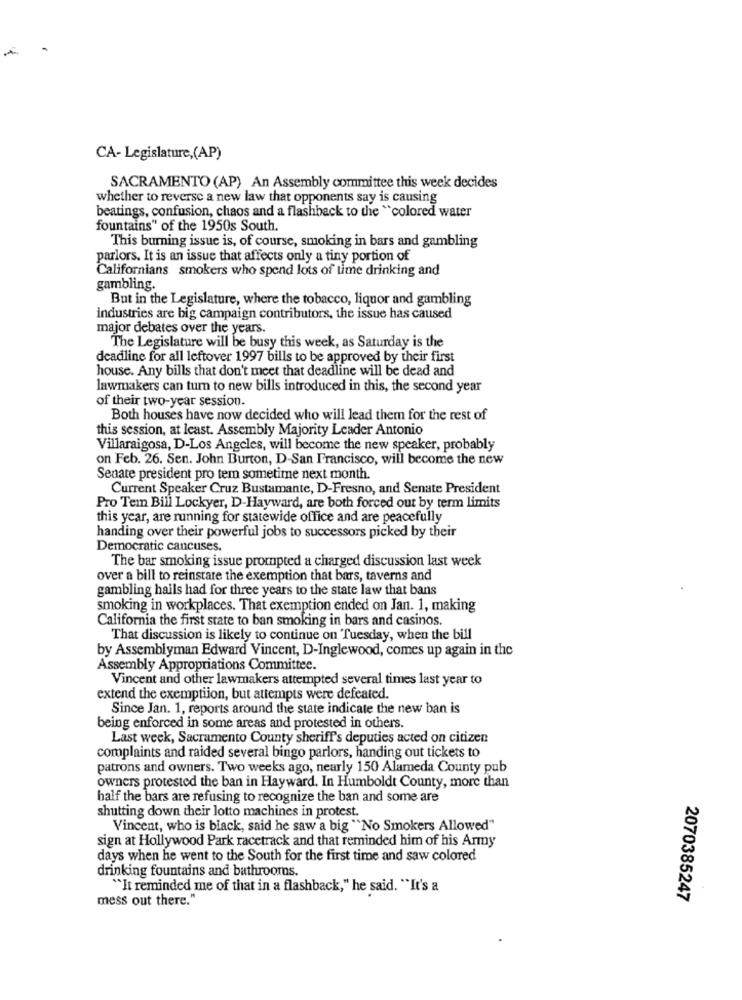
CA- Legislature,(AP)
SACRAMENTO (AP) An Assembly committee this week decides
whether to reverse a new law that opponents say is causing
beatings, confusion, chaos and a flashback to the "colored water
fountains" of the 1950s South.
This burning issue is, of course, smoking in bars and gambling
parlors. It is an issue that affects only a tiny portion of
Californians smokers who spend lots of time drinking and
gambling.
But in the Legislature, where the tobacco, liquor and gambling
industries are big campaign contributors, the issue has caused
major debates over the years.
The Legislature will be busy this week, as Saturday is the
deadline for all leftover 1997 bills to be approved by their first
house. Any bills that don't meet that deadline will be dead and
lawmakers can tum to new bills introduced in this, the second year
of their two-year session.
Both houses have now decided who will lead them for the rest of
this session, at least. Assembly Majority Leader Antonio
Villaraigosa, D-Los Angeles, will become the new speaker, probably
on Feb. 26. Sen. John Burton, D-San Francisco, will become the new
Senate president pro tem sometime next month.
Current Speaker Cruz Bustamante, D-Fresno, and Senate President
Pro Tem Bill Lockyer, D-Hayward, are both forced out by term limits
this year, are running for statewide office and are peacefully
handing over their powerful jobs to successors picked by their
Democratic caucuses.
The bar smoking issue prompted a charged discussion last week
over a bill to reinstate the exemption that bars, taverns and
gambling hails had for three years to the state law that bans
smoking in workplaces. That exemption ended on Jan. 1, making
California the first state to ban smoking in bars and casinos.
That discussion is likely to continue on Tuesday, when the bill
by Assemblyman Edward Vincent, D-Inglewood, comes up again in the
Assembly Appropriations Committee.
Vincent and other lawmakers attempted several times last year to
extend the exemptiion, but attempts were defeated.
Since Jan. 1, reports around the state indicate the new ban is
being enforced in some areas and protested in others.
Last week, Sacramento County sheriff's deputies acted on citizen
complaints and raided several bingo parlors, handing out tickets to
patrons and owners. Two weeks ago, nearly 150 Alameda County pub
owners protested the ban in Hayward. In Humboldt County, more than
half the bars are refusing to recognize the ban and some are
shutting down their lotto machines in protest.
Vincent, who is black, said he saw a big "No Smokers Allowed"
sign at Hollywood Park racetrack and that reminded him of his Army
days when he went to the South for the first time and saw colored
drinking fountains and bathroomns.
"It reminded me of that in a flashback," he said. "It's a
mess out there."
2070385247